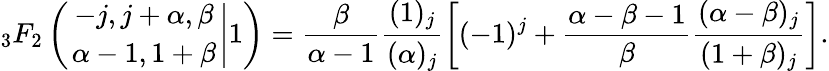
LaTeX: {_3F_{2}}\left(\left.{-j,j+\alpha,\beta\atop\alpha-1,1+\beta}\right|1\right)=\frac{\beta}{\alpha-1}\frac{(1)_{j}}{(\alpha)_{j}}\left[(-1)^{j}+\frac{\alpha-\beta-1}{\beta}\frac{(\alpha-\beta)_{j}}{(1+\beta)_{j}}\right].